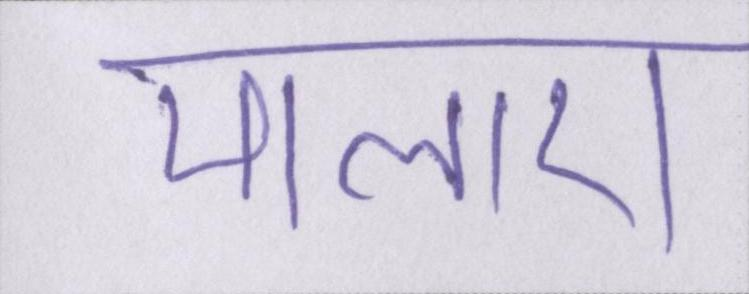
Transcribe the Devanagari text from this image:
मालाएं